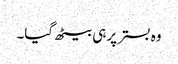
وہ بستر پر ہی بیٹھ گیا۔